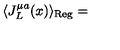
\langle J _ { L } ^ { \mu a } ( x ) \rangle _ { \mathrm { R e g } } =